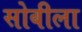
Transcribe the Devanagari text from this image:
सोबीला